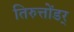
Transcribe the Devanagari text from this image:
तिरुत्तोंडर्